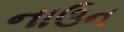
નાઉન